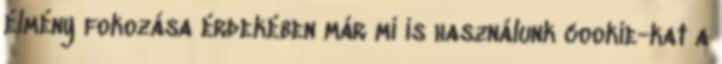
élmény fokozása érdekében már mi is használunk cookie-kat a